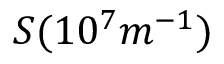
S ( 1 0 ^ { 7 } m ^ { - 1 } )